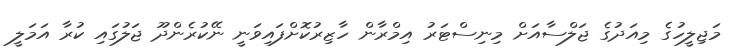
މަޖިލީހުގެ މިއަދުގެ ޖަލްސާއަށް މިނިސްޓަރު އިމްރާން ހާޒިރުކޮށްފައިވަނީ ނޭކުރެންދޫ ޖަލުގައި ކުރާ އަމަލީ